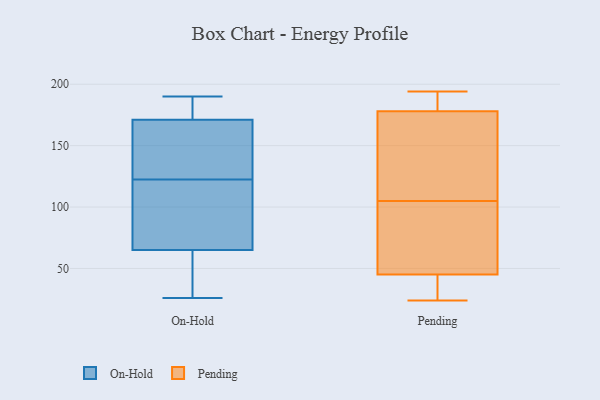
{"axis": {"x": "LTV (USD)", "y": "Value"}, "legend": ["On-Hold", "Pending"], "data": [{"x": "", "y": 39, "type": "On-Hold"}, {"x": "", "y": 101, "type": "On-Hold"}, {"x": "", "y": 187, "type": "On-Hold"}, {"x": "", "y": 123, "type": "On-Hold"}, {"x": "", "y": 28, "type": "On-Hold"}, {"x": "", "y": 145, "type": "On-Hold"}, {"x": "", "y": 145, "type": "On-Hold"}, {"x": "", "y": 26, "type": "On-Hold"}, {"x": "", "y": 190, "type": "On-Hold"}, {"x": "", "y": 171, "type": "On-Hold"}, {"x": "", "y": 69, "type": "On-Hold"}, {"x": "", "y": 122, "type": "On-Hold"}, {"x": "", "y": 173, "type": "On-Hold"}, {"x": "", "y": 65, "type": "On-Hold"}, {"x": "", "y": 91, "type": "Pending"}, {"x": "", "y": 119, "type": "Pending"}, {"x": "", "y": 70, "type": "Pending"}, {"x": "", "y": 52, "type": "Pending"}, {"x": "", "y": 191, "type": "Pending"}, {"x": "", "y": 24, "type": "Pending"}, {"x": "", "y": 169, "type": "Pending"}, {"x": "", "y": 38, "type": "Pending"}, {"x": "", "y": 140, "type": "Pending"}, {"x": "", "y": 187, "type": "Pending"}, {"x": "", "y": 194, "type": "Pending"}, {"x": "", "y": 193, "type": "Pending"}, {"x": "", "y": 140, "type": "Pending"}, {"x": "", "y": 61, "type": "Pending"}, {"x": "", "y": 25, "type": "Pending"}, {"x": "", "y": 28, "type": "Pending"}]}